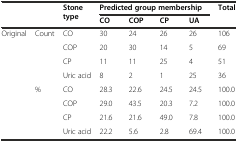
<table><thead><tr><td></td><td></td><td rowspan="2"><b>Stone type</b></td><td colspan="4"><b>Predicted group membership</b></td><td rowspan="2"><b>Total</b></td></tr><tr><td></td><td></td><td><b>CO</b></td><td><b>COP</b></td><td><b>CP</b></td><td><b>UA</b></td></tr></thead><tbody><tr><td rowspan="8">Original</td><td rowspan="4">Count</td><td>CO</td><td>30</td><td>24</td><td>26</td><td>26</td><td>106</td></tr><tr><td>COP</td><td>20</td><td>30</td><td>14</td><td>5</td><td>69</td></tr><tr><td>CP</td><td>11</td><td>11</td><td>25</td><td>4</td><td>51</td></tr><tr><td>Uric acid</td><td>8</td><td>2</td><td>1</td><td>25</td><td>36</td></tr><tr><td rowspan="4">%</td><td>CO</td><td>28.3</td><td>22.6</td><td>24.5</td><td>24.5</td><td>100.0</td></tr><tr><td>COP</td><td>29.0</td><td>43.5</td><td>20.3</td><td>7.2</td><td>100.0</td></tr><tr><td>CP</td><td>21.6</td><td>21.6</td><td>49.0</td><td>7.8</td><td>100.0</td></tr><tr><td>Uric acid</td><td>22.2</td><td>5.6</td><td>2.8</td><td>69.4</td><td>100.0</td></tr></tbody></table>